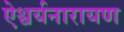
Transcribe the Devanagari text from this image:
ऐश्वर्यनारायण